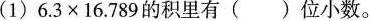
(1)$$ 6.3 \times 106.789 $$的积里有()位小数。